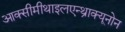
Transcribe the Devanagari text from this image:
आक्सीमीथाइलएन्थ्राक्यूनोन